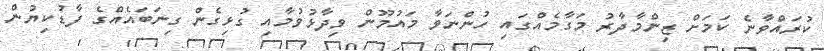
ކުރައްވާނެ ކަމަށް ޒިންމާދާރު މަގާމެއްގައި ހުންނަވާ މައުމޫން ވިދާޅުވުމާއި ގުޅިގެން ގިނަބައެއްގެ ފާޑުކިޔުން